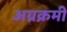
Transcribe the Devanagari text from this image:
अग्रक्रमी